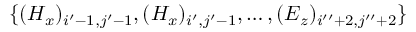
\{ ( H _ { x } ) _ { i ^ { \prime } - 1 , j ^ { \prime } - 1 } , ( H _ { x } ) _ { i ^ { \prime } , j ^ { \prime } - 1 } , \ldots , ( E _ { z } ) _ { i ^ { \prime \prime } + 2 , j ^ { \prime \prime } + 2 } \}